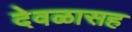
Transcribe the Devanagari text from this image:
देवळासह